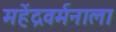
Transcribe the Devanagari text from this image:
महेंद्रवर्मनाला